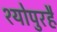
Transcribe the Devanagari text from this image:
श्योपुरहै